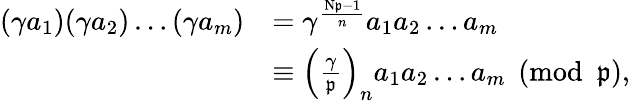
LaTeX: {\begin{array}{rl}{(\gamma a_{1})(\gamma a_{2})\dots(\gamma a_{m})}&{=\gamma^{\frac{\mathrm{N}{\mathfrak{p}}-1}{n}}a_{1}a_{2}\dots a_{m}}\\ &{\equiv\left({\frac{\gamma}{\mathfrak{p}}}\right)_{n}a_{1}a_{2}\dots a_{m}{\pmod{\mathfrak{p}}},}\end{array}}